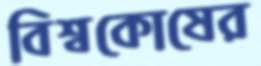
বিশ্বকোষের